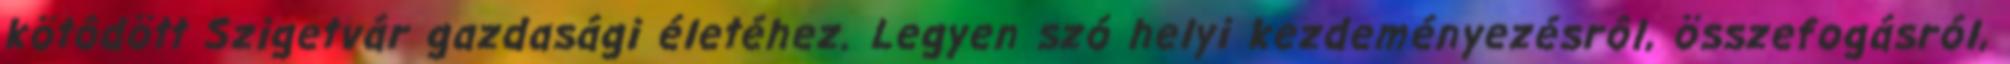
kötôdött Szigetvár gazdasági életéhez. Legyen szó helyi kezdeményezésrôl, összefogásról,